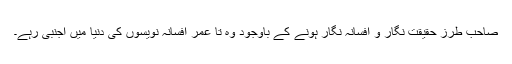
صاحبِ طرز حقیقت نگار و افسانہ نگار ہونے کے باوجود وہ تا عمر افسانہ نویسوں کی دنیا میں اجنبی رہے۔